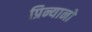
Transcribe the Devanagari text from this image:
प्रिन्यानो